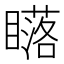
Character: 𥋷